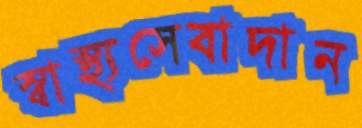
স্বাস্থ্যসেবাদান